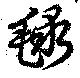
毬